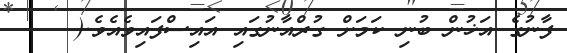
ފާނުގެ އަޚުން ބުނި ކަމަށް ގުރްއާނުގައި އައިސްފައިވެއެވެ.(